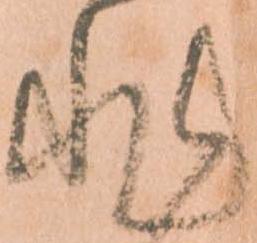
非